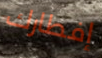
إفطارك